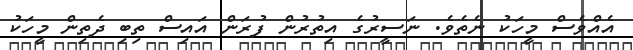
އެއްވެސް މީހަކު ނެތެވެ. ނަސީރުގެ އިތުރުން ފުރަން އައިސް ތިބި ދެތިން މީހަކު